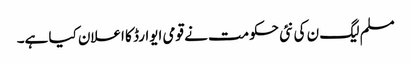
مسلم لیگ ن کی نئی حکومت نے قومی ایوارڈ کا اعلان کیا ہے۔